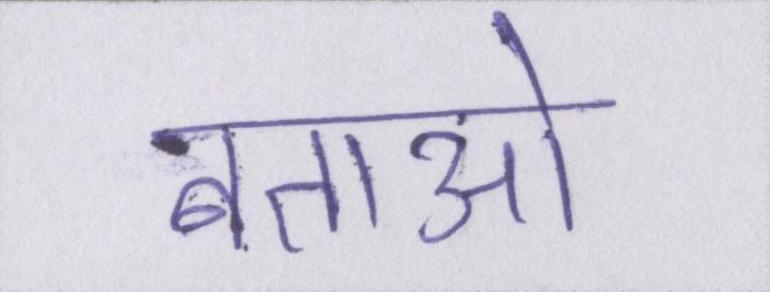
बताओ